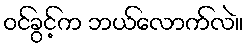
ဝင်ခွင့်က ဘယ်လောက်လဲ။